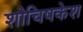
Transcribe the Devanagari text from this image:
शोचिषकेश